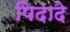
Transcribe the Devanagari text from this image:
पिदादे